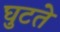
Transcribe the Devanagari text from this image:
घुटते